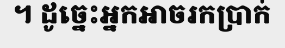
។ ដូច្នេះអ្នកអាចរកប្រាក់